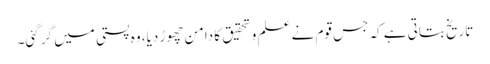
تاریخ بتاتی ہے کہ جس قوم نے علم و تحقیق کا دامن چھوڑ دیا، وہ پستی میں گر گئی۔